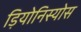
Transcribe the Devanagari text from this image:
ड़ियोनिस्योस